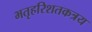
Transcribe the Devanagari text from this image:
भतृहरिशतकत्रय